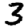
Digit: 3